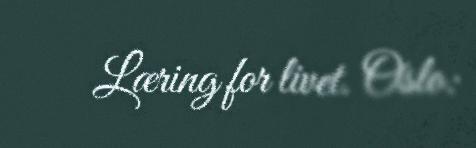
Læring for livet. Oslo: